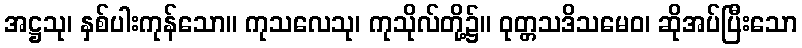
အဋ္ဌသု၊ နှစ်ပါးကုန်သော။ ကုသလေသု၊ ကုသိုလ်တို့၌။ ဝုတ္တသဒိသမေဝ၊ ဆိုအပ်ပြီးသော